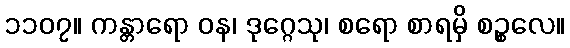
၁၁၀၇။ ကန္တာရော ဝန၊ ဒုဂ္ဂေသု၊ စရော စာရမှိ စဉ္စလေ။